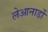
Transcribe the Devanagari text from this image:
लेआनार्डो